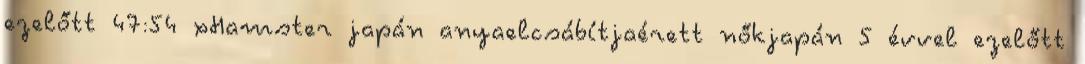
ezelőtt 47:54 xHamster japán anyaelcsábítjaérett nőkjapán 5 évvel ezelőtt